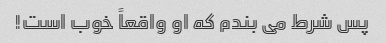
پس شرط می بندم که او واقعاً خوب است!